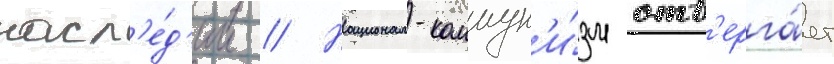
насл'е́д'ии // Национал-коммун'и́зм отв'ерга́ет